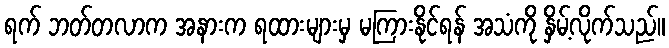
ရက် ဘတ်တလာက အနားက ရထားများမှ မကြားနိုင်ရန် အသံကို နှိမ့်လိုက်သည်။